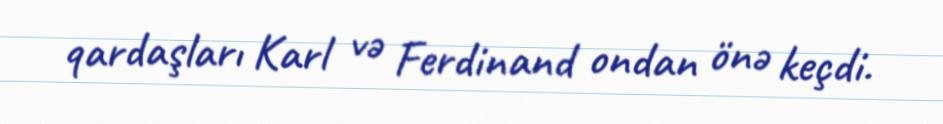
qardaşları Karl və Ferdinand ondan önə keçdi.